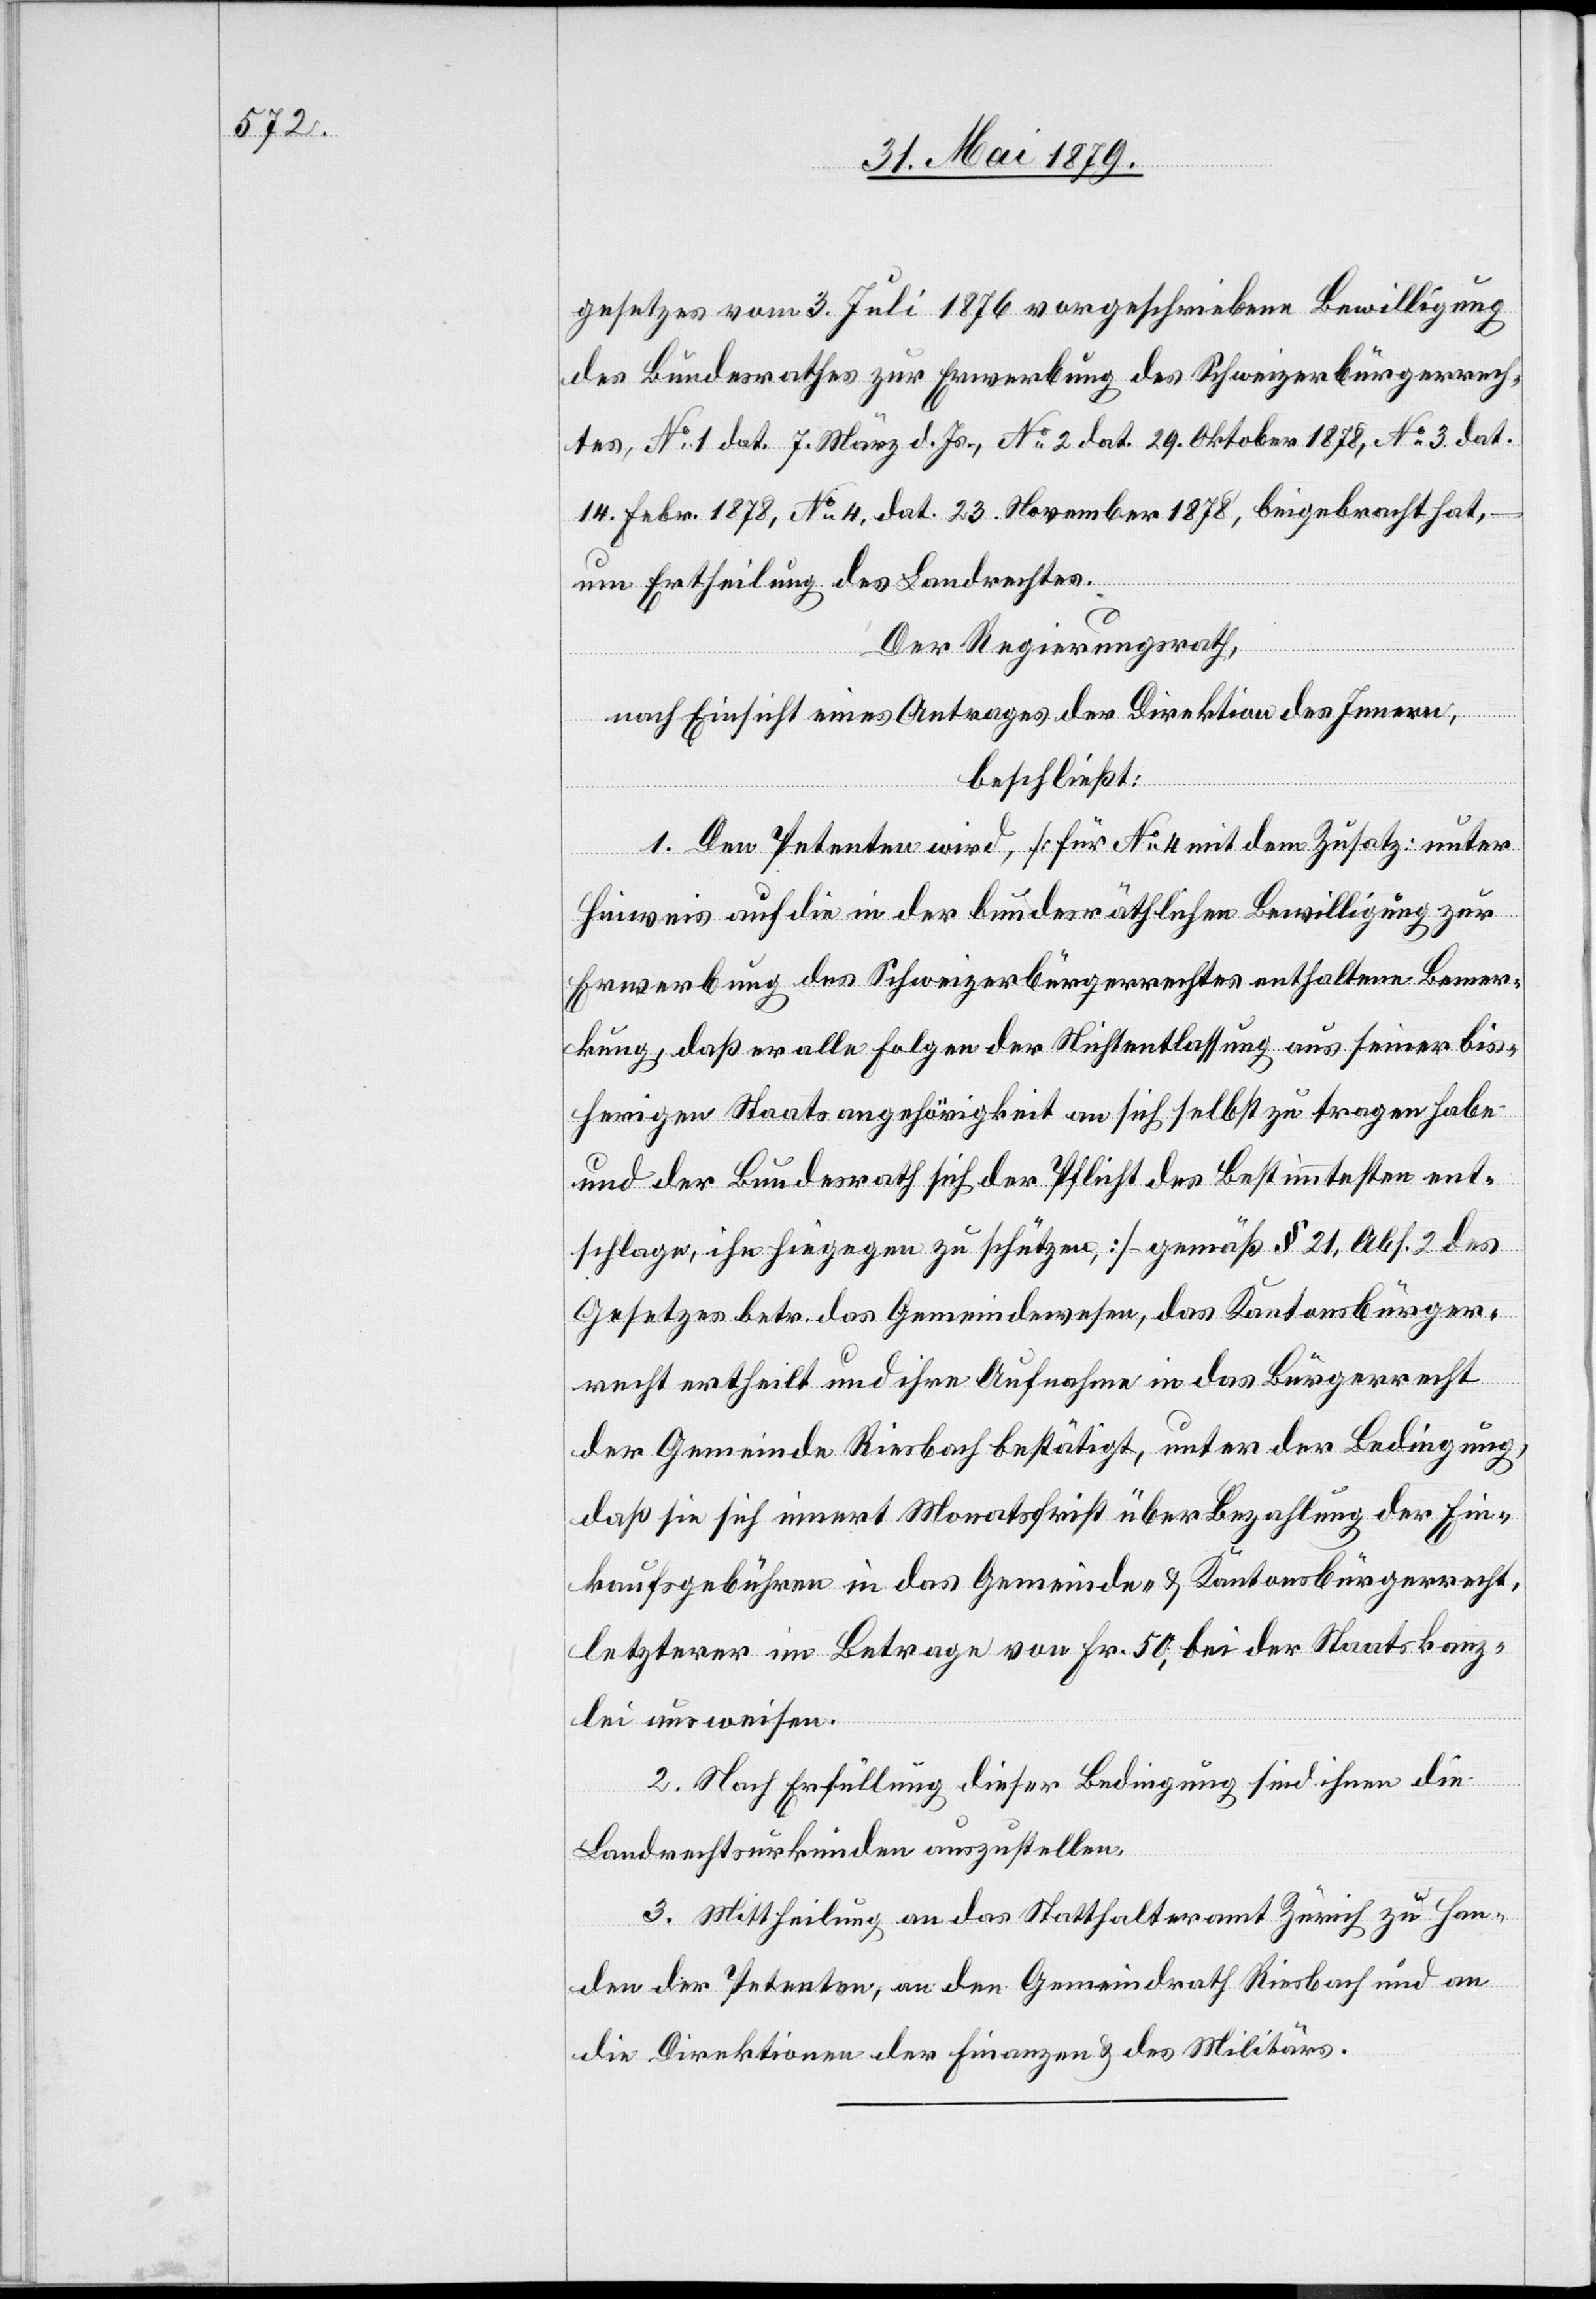
gesetzes vom 3. Juli 1876 vorgeschriebene Bewilligung
des Bundesrathes zur Erwerbung des Schweizerbürgerrech¬
tes, No 1 dat. 7. März d. Js., No 2 dat. 29. Oktober 1878, No 3 dat.
14. Febr. 1878, No 4, dat. 23. November 1878, beigebracht hat
um Ertheilung des Landrechtes.
Der Regierungsrath,
nach Einsicht eines Antrages der Direktion des Innern,
beschließt:
1. Den Petenten wird, [für No 4 mit dem Zusatz: unter
Hinweis auf die in der bundesräthlichen Bewilligung zur
Erwerbung des Schweizerbürgerrechtes enthaltene Bemer¬
kung, daß er alle Folgen der Nichtentlassung aus seiner bis¬
herigen Staatsangehörigkeit an sich selbst zu tragen habe
und der Bundesrath sich der Pflicht des Bestimmtesten ent¬
schlage, ihn hiegegen zu schützen,] – gemäß § 21, Abs. 2 des
Gesetzes betr. das Gemeindewesen, das Kantonsbürger¬
recht ertheilt und ihre Aufnahme in das Bürgerrecht
der Gemeinde Riesbach bestätigt, unter der Bedingung,
daß sie sich innert Monatsfrist über Bezahlung der Ein¬
kaufsgebühren in das Gemeinde- & Kantonsbürgerrecht,
letzterer im Betrage von Fr. 50, bei der Staatskanz¬
lei ausweisen.
2. Nach Erfüllung dieser Bedingung sind ihnen die
Landrechtsurkunden auszustellen.
3. Mittheilung an das Statthalteramt Zürich zu Han¬
den der Petenten, an den Gemeindrath Riesbach und an
die Direktionen der Finanzen & des Militärs.